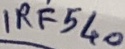
Text: IRF540